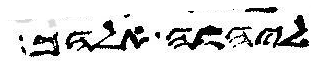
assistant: ליהוה אלהך